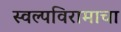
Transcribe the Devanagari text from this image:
स्वल्पविरामाचा